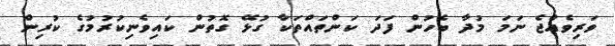
ވަރިވެއްޖެ ނަމަ މުދާ ބެހުން ފަދަ ކަންތައްތަކާ ގުޅޭ ގޮތުން ކައިވެނިކުރުމުގެ ކުރިން